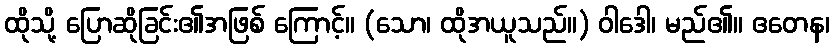
ထိုသို့ ပြောဆိုခြင်း၏အဖြစ် ကြောင့်။ (သော၊ ထိုအယူသည်။) ဝါဒေါ၊ မည်၏။ ဧတေန၊